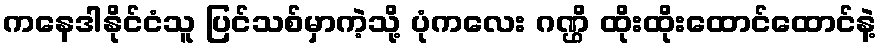
ကနေဒါနိုင်ငံသူ ပြင်သစ်မှာကဲ့သို့ ပုံကလေး ဂဏ္ဌိ ထိုးထိုးထောင်ထောင်နဲ့